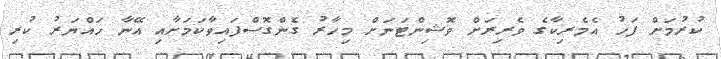
ކުރުމަށް ފަހު އެމެރިކާގެ ވެރިރަށް ވޮޝިންޓަނަަށް މިހާރު ގެންގޮސްފައިވާކަމަށާއި އޭނާ ހައްޔަރު ކުރި